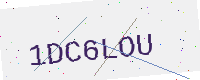
Text: 1DC6LOU